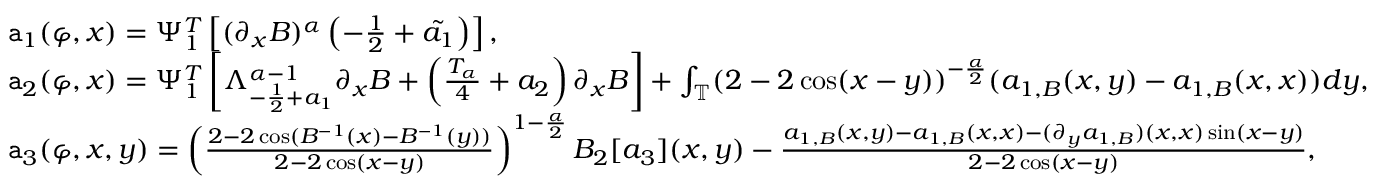
\begin{array} { r l } & { \mathtt { a } _ { 1 } ( \varphi , x ) = \Psi _ { 1 } ^ { T } \left[ ( \partial _ { x } B ) ^ { \alpha } \left( - \frac { 1 } { 2 } + \tilde { a _ { 1 } } \right) \right] , } \\ & { \mathtt { a } _ { 2 } ( \varphi , x ) = \Psi _ { 1 } ^ { T } \left[ \Lambda _ { - \frac { 1 } { 2 } + a _ { 1 } } ^ { \alpha - 1 } \partial _ { x } B + \left( \frac { T _ { \alpha } } { 4 } + a _ { 2 } \right) \partial _ { x } B \right] + \int _ { \mathbb { T } } ( 2 - 2 \cos ( x - y ) ) ^ { - \frac { \alpha } { 2 } } ( a _ { 1 , B } ( x , y ) - a _ { 1 , B } ( x , x ) ) d y , } \\ & { \mathtt { a } _ { 3 } ( \varphi , x , y ) = \left( \frac { 2 - 2 \cos ( B ^ { - 1 } ( x ) - B ^ { - 1 } ( y ) ) } { 2 - 2 \cos ( x - y ) } \right) ^ { 1 - \frac { \alpha } { 2 } } B _ { 2 } [ a _ { 3 } ] ( x , y ) - \frac { a _ { 1 , B } ( x , y ) - a _ { 1 , B } ( x , x ) - ( \partial _ { y } a _ { 1 , B } ) ( x , x ) \sin ( x - y ) } { 2 - 2 \cos ( x - y ) } , } \end{array}